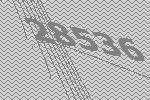
28536